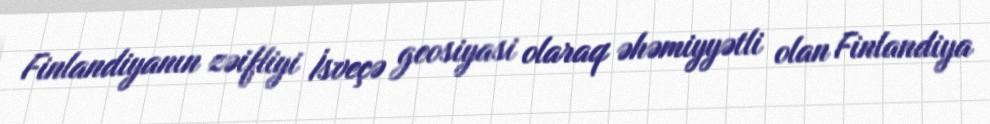
Finlandiyanın zəifliyi İsveçə geosiyasi olaraq əhəmiyyətli olan Finlandiya